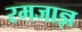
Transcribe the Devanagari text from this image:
रमजाज्ञ